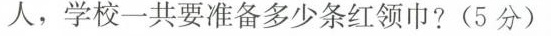
人，学校一共要准备多少条红领巾?(5分)